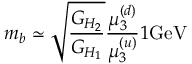
m _ { b } \simeq { \sqrt { \frac { G _ { H _ { 2 } } } { G _ { H _ { 1 } } } } } { \frac { \mu _ { 3 } ^ { ( d ) } } { \mu _ { 3 } ^ { ( u ) } } } { 1 } \mathrm { G e V }